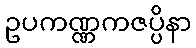
ဥပကဏ္ဏကဇပ္ပိနာ